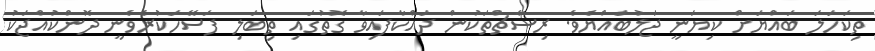
ތިކަހަލަ ބައްޔަށް ކިޔަނީ ޖަލުބައްޔެވެ. ރިސާޗްތަކުން ދައްކާފައިވާ ގޮތުގައި ތިބަލި ފަސޭހަކުރެވެނީ ދޮންކުއްޖަކު